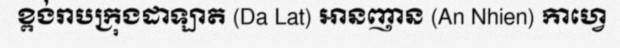
ខ្ពង់រាបក្រុងដាឡាត (Da Lat) អានញាន (An Nhien) កាហ្វេ